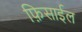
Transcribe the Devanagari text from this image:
फ़िसाईल